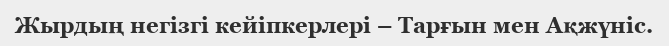
Жырдың негізгі кейіпкерлері – Тарғын мен Ақжүніс.